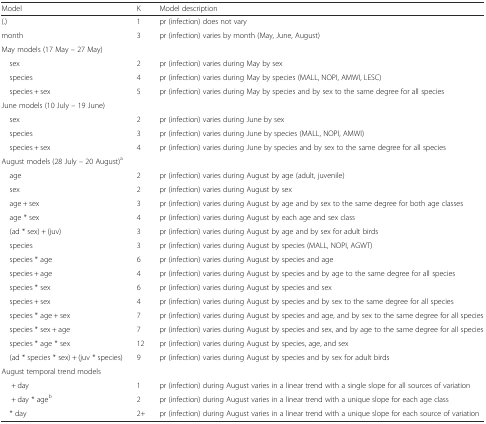
<table><thead><tr><td><b>Model</b></td><td><b>K</b></td><td><b>Model description</b></td></tr></thead><tbody><tr><td>(.)</td><td>1</td><td>pr (infection) does not vary</td></tr><tr><td>month</td><td>3</td><td>pr (infection) varies by month (May, June, August)</td></tr><tr><td colspan="3">May models (17 May – 27 May)</td></tr><tr><td> sex</td><td>2</td><td>pr (infection) varies during May by sex</td></tr><tr><td> species</td><td>4</td><td>pr (infection) varies during May by species (MALL, NOPI, AMWI, LESC)</td></tr><tr><td> species + sex</td><td>5</td><td>pr (infection) varies during May by species and by sex to the same degree for all species</td></tr><tr><td colspan="3">June models (10 July – 19 June)</td></tr><tr><td> sex</td><td>2</td><td>pr (infection) varies during June by sex</td></tr><tr><td> species</td><td>3</td><td>pr (infection) varies during June by species (MALL, NOPI, AMWI)</td></tr><tr><td> species + sex</td><td>4</td><td>pr (infection) varies during June by species and by sex to the same degree for all species</td></tr><tr><td colspan="3">August models (28 July – 20 August)<sup>a</sup></td></tr><tr><td> age</td><td>2</td><td>pr (infection) varies during August by age (adult, juvenile)</td></tr><tr><td> sex</td><td>2</td><td>pr (infection) varies during August by sex</td></tr><tr><td> age + sex</td><td>3</td><td>pr (infection) varies during August by age and by sex to the same degree for both age classes</td></tr><tr><td> age * sex</td><td>4</td><td>pr (infection) varies during August by each age and sex class</td></tr><tr><td> (ad * sex) + (juv)</td><td>3</td><td>pr (infection) varies during August by age and by sex for adult birds</td></tr><tr><td> species</td><td>3</td><td>pr (infection) varies during August by species (MALL, NOPI, AGWT)</td></tr><tr><td> species * age</td><td>6</td><td>pr (infection) varies during August by species and age</td></tr><tr><td> species + age</td><td>4</td><td>pr (infection) varies during August by species and by age to the same degree for all species</td></tr><tr><td> species * sex</td><td>6</td><td>pr (infection) varies during August by species and sex</td></tr><tr><td> species + sex</td><td>4</td><td>pr (infection) varies during August by species and by sex to the same degree for all species</td></tr><tr><td> species * age + sex</td><td>7</td><td>pr (infection) varies during August by species and age, and by sex to the same degree for all species</td></tr><tr><td> species * sex + age</td><td>7</td><td>pr (infection) varies during August by species and sex, and by age to the same degree for all species</td></tr><tr><td> species * age * sex</td><td>12</td><td>pr (infection) varies during August by species, age, and sex</td></tr><tr><td> (ad * species * sex) + (juv * species)</td><td>9</td><td>pr (infection) varies during August by species and by sex for adult birds</td></tr><tr><td colspan="3">August temporal trend models</td></tr><tr><td>+ day</td><td>1</td><td>pr (infection) during August varies in a linear trend with a single slope for all sources of variation</td></tr><tr><td>+ day * age<sup>b</sup></td><td>2</td><td>pr (infection) during August varies in a linear trend with a unique slope for each age class</td></tr><tr><td> * day</td><td>2+</td><td>pr (infection) during August varies in a linear trend with a unique slope for each source of variation</td></tr></tbody></table>